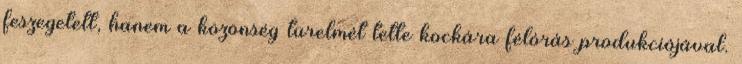
feszegetett, hanem a közönség türelmét tette kockára félórás produkciójával.